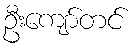
ဦးကျော်တင်